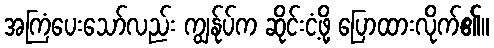
အကြံပေးသော်လည်း ကျွန်ုပ်က ဆိုင်းငံ့ဖို့ ပြောထားလိုက်၏။